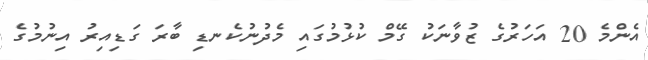
އެންމެ 20 އަހަރުގެ ޒުވާނަކު ގޭމް ކުޅުމުގައި މެދުނުކެނޑި ބާރަ ގަޑިއިރު އިނުމުގެ